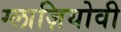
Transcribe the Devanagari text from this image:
ग्लाज़ियोवी